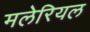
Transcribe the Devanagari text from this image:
मलेरियल